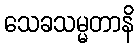
သေခသမ္မတာနိ